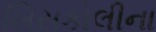
ખિસકોલીના